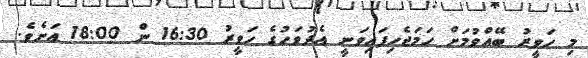
މި ހަވީރު ބޭއްވުމަށް ހަމަޖެހިފައިވަނީ އެދުވަހުގެ ހަވީރު 16:30 ން 18:00 އަށެވެ.